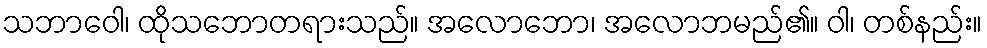
သဘာဝေါ၊ ထိုသဘောတရားသည်။ အလောဘော၊ အလောဘမည်၏။ ဝါ၊ တစ်နည်း။